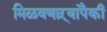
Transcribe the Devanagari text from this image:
मिळवणाऱ्यांपैकी